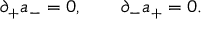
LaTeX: \partial _ { + } a _ { - } = 0 , \qquad \partial _ { - } a _ { + } = 0 .